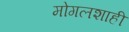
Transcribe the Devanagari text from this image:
मोगलशाही